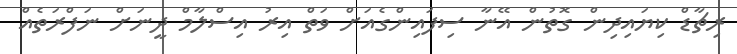
ރިޗާޑް ކިޔައިދިން ގޮތުން އޭނާ ސިފައިންގެއަށް ވަތް އިރު އިސްލާމް ދީނަށް ނަފްރަތެއް